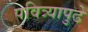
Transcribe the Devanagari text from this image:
पवित्र्यापुढे